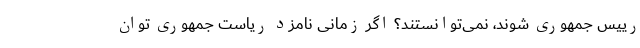
رییس جمهوری شوند، نمی‌توانستند؟ اگر زمانی نامزد ریاست جمهوری توان